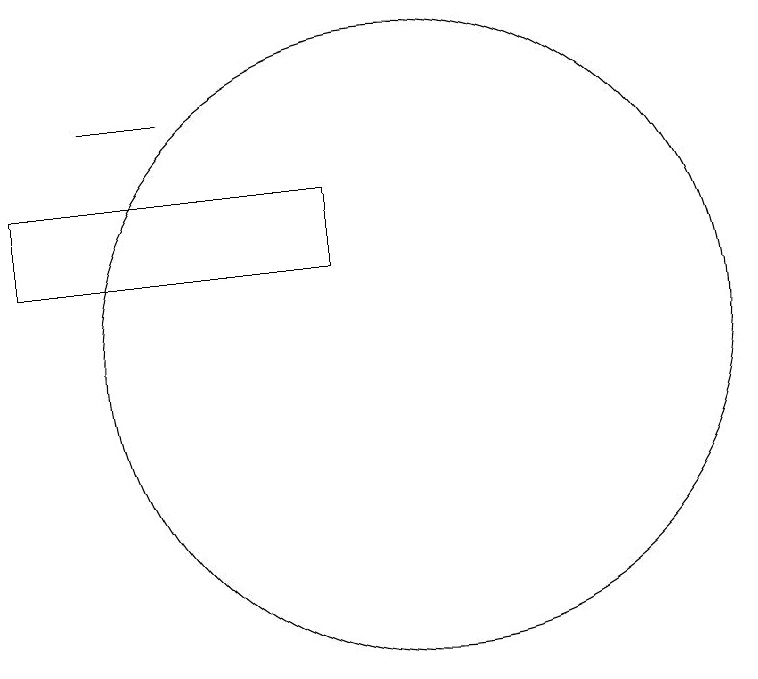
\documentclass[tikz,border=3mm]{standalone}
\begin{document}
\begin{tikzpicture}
\draw (6,13) rectangle (7,13);
\draw (10,10) circle (4);
\draw (9,12) rectangle (5,11);
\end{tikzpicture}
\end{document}